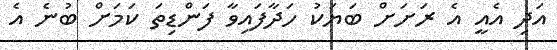
އަދި އެއީ އެ ރަށަށް ބަޔަކު ހަދާފައިވާ ފަންޑިތަ ކަމަށް ބުނެ އެ